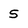
Character: s